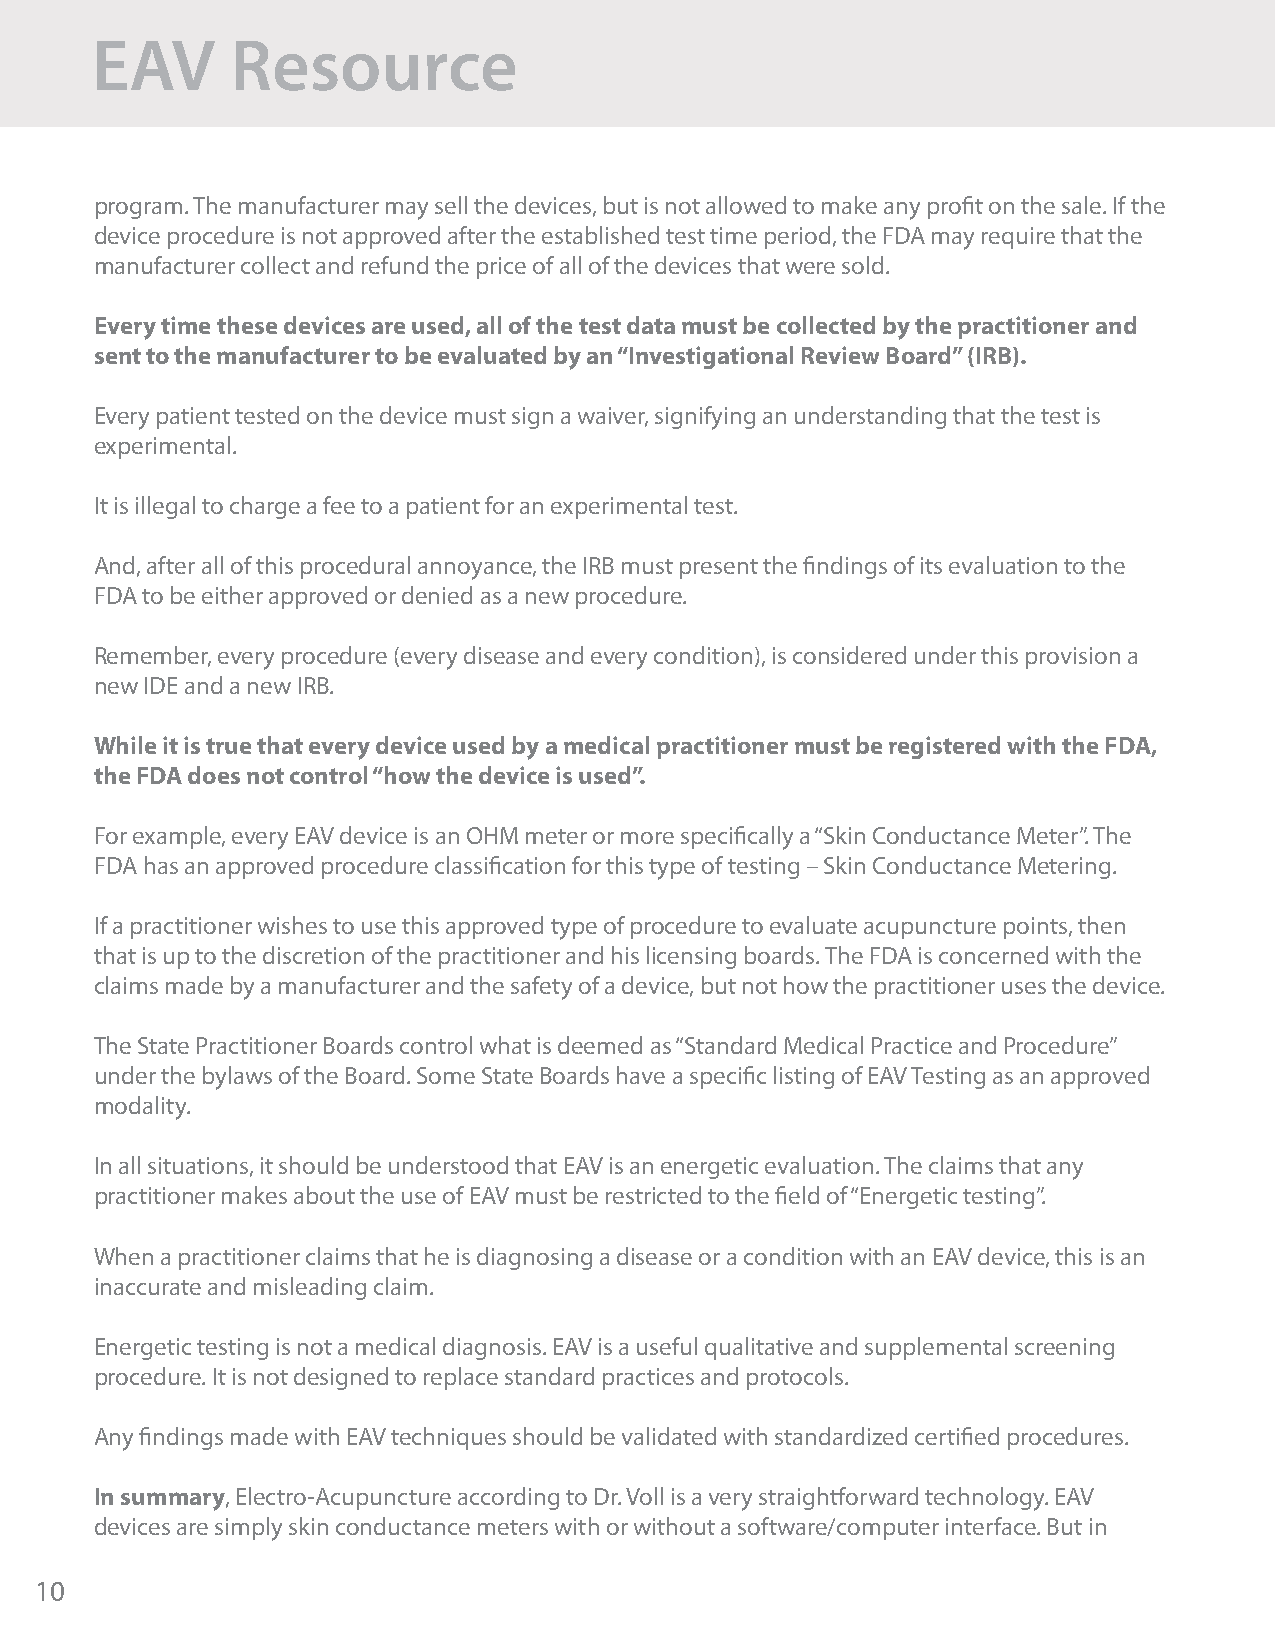
EAV      Resource
 program. The manufacturer may sell the devices, but is not allowed to make any profit on the sale. If the
 device procedure is not approved after the established test time period, the FDA may require that the
 manufacturer collect and refund the price of all of the devices that were sold.
 Every time these devices are used, all of the test data must be collected by the practitioner and
 sent to the manufacturer to be evaluated by an “Investigational Review Board” (IRB).
 Every patient tested on the device must sign a waiver, signifying an understanding that the test is
 experimental.
 It is illegal to charge a fee to a patient for an experimental test.
 And, after all of this procedural annoyance, the IRB must present the findings of its evaluation to the
 FDA to be either approved or denied as a new procedure.
 Remember, every procedure (every disease and every condition), is considered under this provision a
 new IDE and a new IRB.
 While it is true that every device used by a medical practitioner must be registered with the FDA,
 the FDA does not control “how the device is used”.
 For example, every EAV device is an OHM meter or more specifically a “Skin Conductance Meter”. The
 FDA has an approved procedure classification for this type of testing – Skin Conductance Metering.
 If a practitioner wishes to use this approved type of procedure to evaluate acupuncture points, then
 that is up to the discretion of the practitioner and his licensing boards. The FDA is concerned with the
 claims made by a manufacturer and the safety of a device, but not how the practitioner uses the device.
 The State Practitioner Boards control what is deemed as “Standard Medical Practice and Procedure”
 under the bylaws of the Board. Some State Boards have a specific listing of EAV Testing as an approved
 modality.
 In all situations, it should be understood that EAV is an energetic evaluation. The claims that any
 practitioner makes about the use of EAV must be restricted to the field of “Energetic testing”.
 When a practitioner claims that he is diagnosing a disease or a condition with an EAV device, this is an
 inaccurate and misleading claim.
 Energetic testing is not a medical diagnosis. EAV is a useful qualitative and supplemental screening
 procedure. It is not designed to replace standard practices and protocols.
 Any findings made with EAV techniques should be validated with standardized certified procedures.
 In summary, Electro-Acupuncture according to Dr. Voll is a very straightforward technology. EAV
 devices are simply skin conductance meters with or without a software/computer interface. But in
 10